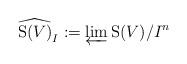
LaTeX: \begin{align*}\widehat{\mathrm{S}(V)}_I := \varprojlim \mathrm{S}(V)/I^n\end{align*}